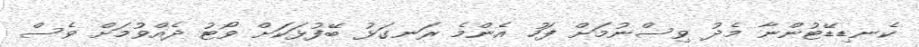
ކެނޑިޑޭޓުންނާ މެދު ވިސްނުމަށް ފަހު އެންމެ ރަނގަޅު ބޭފުޅަކަށް ވޯޓު ދެއްވުމަށް ވެސް